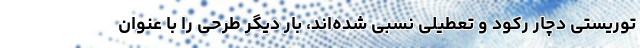
توریستی دچار رکود و تعطیلی نسبی شده‌اند، بار دیگر طرحی را با عنوان